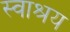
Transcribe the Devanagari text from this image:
स्वाश्रय